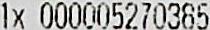
1X 000005270385